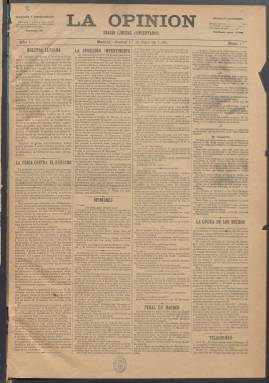
Título: La Opinión (Madrid. 1890)
Colección: Periódicos
Ámbito geográfico: Madrid
Lugar de publicación: Madrid
Fechas: 17/07/1890-24/06/1892